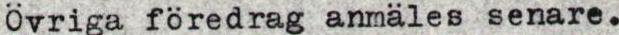
Övriga föredrag anmäles senare.